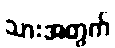
သားအတွက်